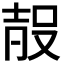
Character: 𭮰